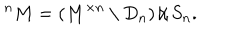
^ n M = ( M ^ { \times n } \setminus D _ { n } ) \, / \, S _ { n } .